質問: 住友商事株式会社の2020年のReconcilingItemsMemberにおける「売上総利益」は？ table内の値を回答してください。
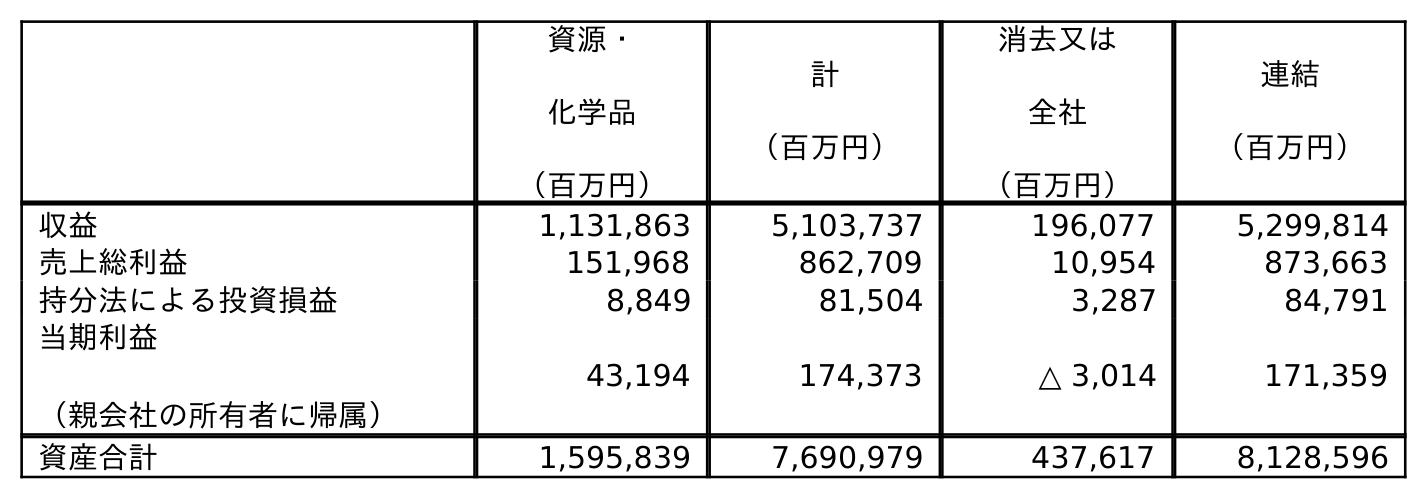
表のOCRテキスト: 資源・ 化学品 （百万円） 計 （百万円） 消去又は 全社 （百万円） 連結 （百万円） 収益 1,131,863 5,103,737 196,077 5,299,814 売上総利益 151,968 862,709 10,954 873,663 持分法による投資損益 8,849 81,504 3,287 84,791 当期利益 （親会社の所有者に帰属） 43,194 174,373 △ 3,014 171,359 資産合計 1,595,839 7,690,979 437,617 8,128,596
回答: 10,954